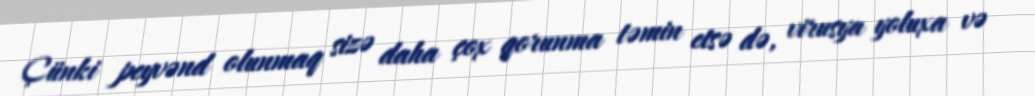
Çünki peyvənd olunmaq sizə daha çox qorunma təmin etsə də, virusya yoluxa və